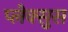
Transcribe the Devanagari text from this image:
प्लेक्सुस